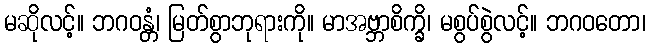
မဆိုလင့်။ ဘဂဝန္တံ၊ မြတ်စွာဘုရားကို။ မာအဗ္ဘာစိက္ခိ၊ မစွပ်စွဲလင့်။ ဘဂဝတော၊